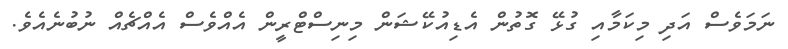
ނަމަވެސް އަދި މިކަމާއި ގުޅޭ ގޮތުން އެޑިއުކޭޝަން މިނިސްޓްރީން އެއްވެސް އެއްޗެއް ނުބުނެއެވެ.